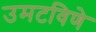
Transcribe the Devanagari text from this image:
उमटविणे